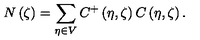
N \left( \zeta \right) = \sum _ { \eta \in V } C ^ { + } \left( \eta , \zeta \right) C \left( \eta , \zeta \right) .